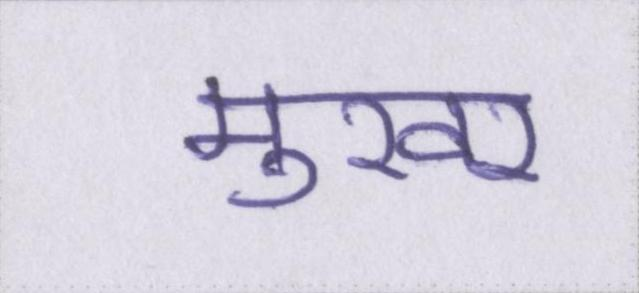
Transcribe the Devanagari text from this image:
मुखर